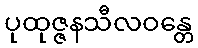
ပုထုဇ္ဇနသီလဝန္တေ